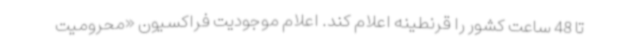
تا 48 ساعت کشور را قرنطینه اعلام کند. اعلام موجودیت فراکسیون «محرومیت